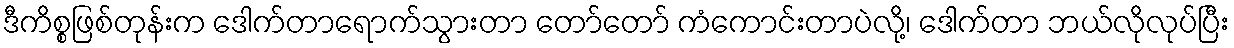
ဒီကိစ္စဖြစ်တုန်းက ဒေါက်တာရောက်သွားတာ တော်တော် ကံကောင်းတာပဲလို့၊ ဒေါက်တာ ဘယ်လိုလုပ်ပြီး